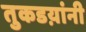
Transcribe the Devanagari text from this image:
तुकडय़ांनी